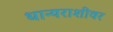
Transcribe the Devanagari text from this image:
धान्यराशीवर